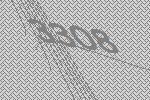
3308